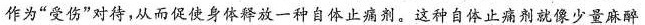
作为”受伤”对待，从而促使身体释放一种自体止痛剂。这种自体止痛剂就像少量麻醉